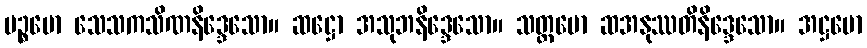
ပဉ္စမော သေသကသိဏနိဒ္ဒေသော။ ဆဋ္ဌော အသုဘနိဒ္ဒေသော။ သတ္တမော ဆအနုဿတိနိဒ္ဒေသော။ အဋ္ဌမော